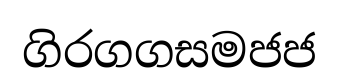
ගිරගගසමජජ